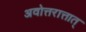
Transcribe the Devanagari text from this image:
अवोत्तरात्तात्